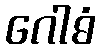
ဂေါဓံ